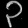
Digit: ၃